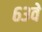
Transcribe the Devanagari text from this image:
६३वे